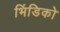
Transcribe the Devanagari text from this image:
भिंडिको